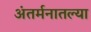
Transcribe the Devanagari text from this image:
अंतर्मनातल्या